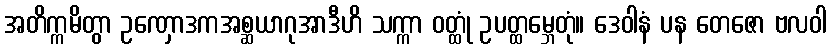
အတိက္ကမိတွာ ဥဏှောဒကအစ္ဆယာဂုအာဒီဟိ သက္ကာ ဝတ္ထုံ ဥပတ္ထမ္ဘေတုံ။ ဒေဝါနံ ပန တေဇော ဗလဝါ